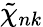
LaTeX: \tilde{\chi}_{nk}